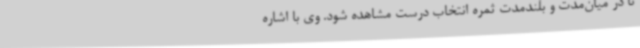
تا در میان‌مدت و بلندمدت ثمره انتخاب درست مشاهده شود. وی با اشاره